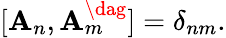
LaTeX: [{\mathbf A}_{n},{\mathbf A}_{m}^{\dag}]=\delta_{nm}.